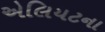
એલિયટના